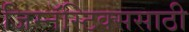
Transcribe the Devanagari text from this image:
जिम्नॅस्टिक्ससाठी